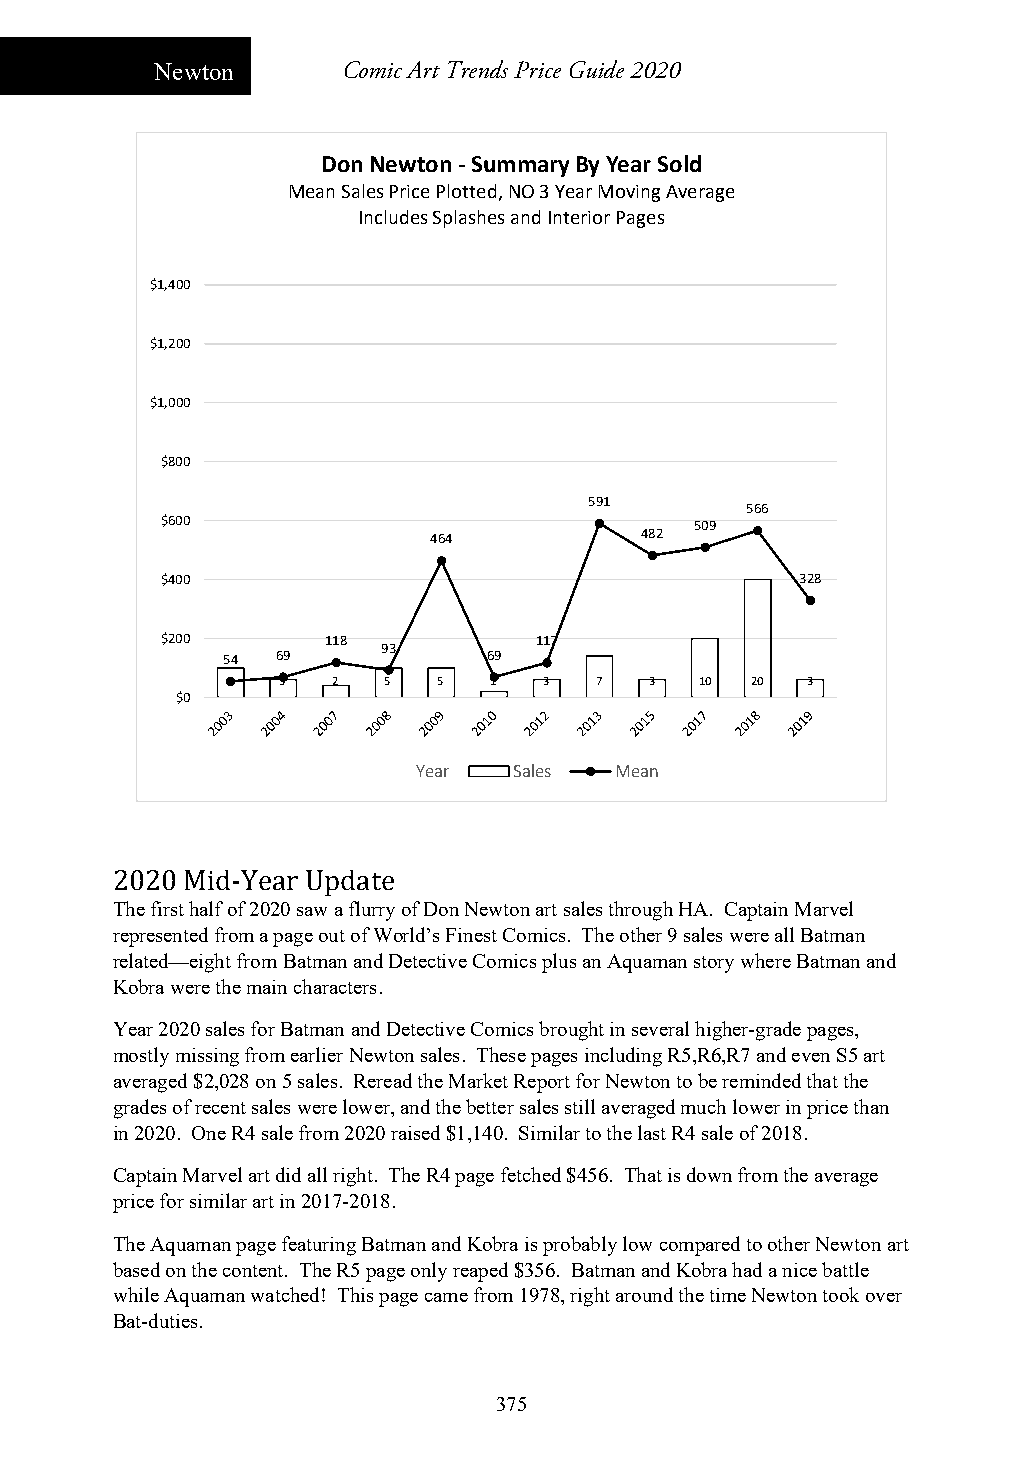
Newton       Comic Art Trends Price Guide 2020
 Don Newton ‐Summary By Year Sold
 Mean Sales Price Plotted, NO 3 Year Moving Average
 Includes Splashes and Interior Pages
 $1,400
 $1,200
 $1,000
 $800
 591
 566
 $600                               509
 464           482
 $400                                      328
 $200       118          117
 93
 54 69            69
 5   3  2   5  5  1   3  7   3  10  20 3
 $0
 Year  Sales  Mean
 2020 Mid-Year Update
 The first half of 2020 saw a flurry of Don Newton art sales through HA. Captain Marvel
 represented from a page out of World’s Finest Comics. The other 9 sales were all Batman
 related—eight from Batman and Detective Comics plus an Aquaman story where Batman and
 Kobra were the main characters.
 Year 2020 sales for Batman and Detective Comics brought in several higher-grade pages,
 mostly missing from earlier Newton sales. These pages including R5,R6,R7 and even S5 art
 averaged $2,028 on 5 sales. Reread the Market Report for Newton to be reminded that the
 grades of recent sales were lower, and the better sales still averaged much lower in price than
 in 2020. One R4 sale from 2020 raised $1,140. Similar to the last R4 sale of 2018.
 Captain Marvel art did all right. The R4 page fetched $456. That is down from the average
 price for similar art in 2017-2018.
 The Aquaman page featuring Batman and Kobra is probably low compared to other Newton art
 based on the content. The R5 page only reaped $356. Batman and Kobra had a nice battle
 while Aquaman watched! This page came from 1978, right around the time Newton took over
 Bat-duties.
 375